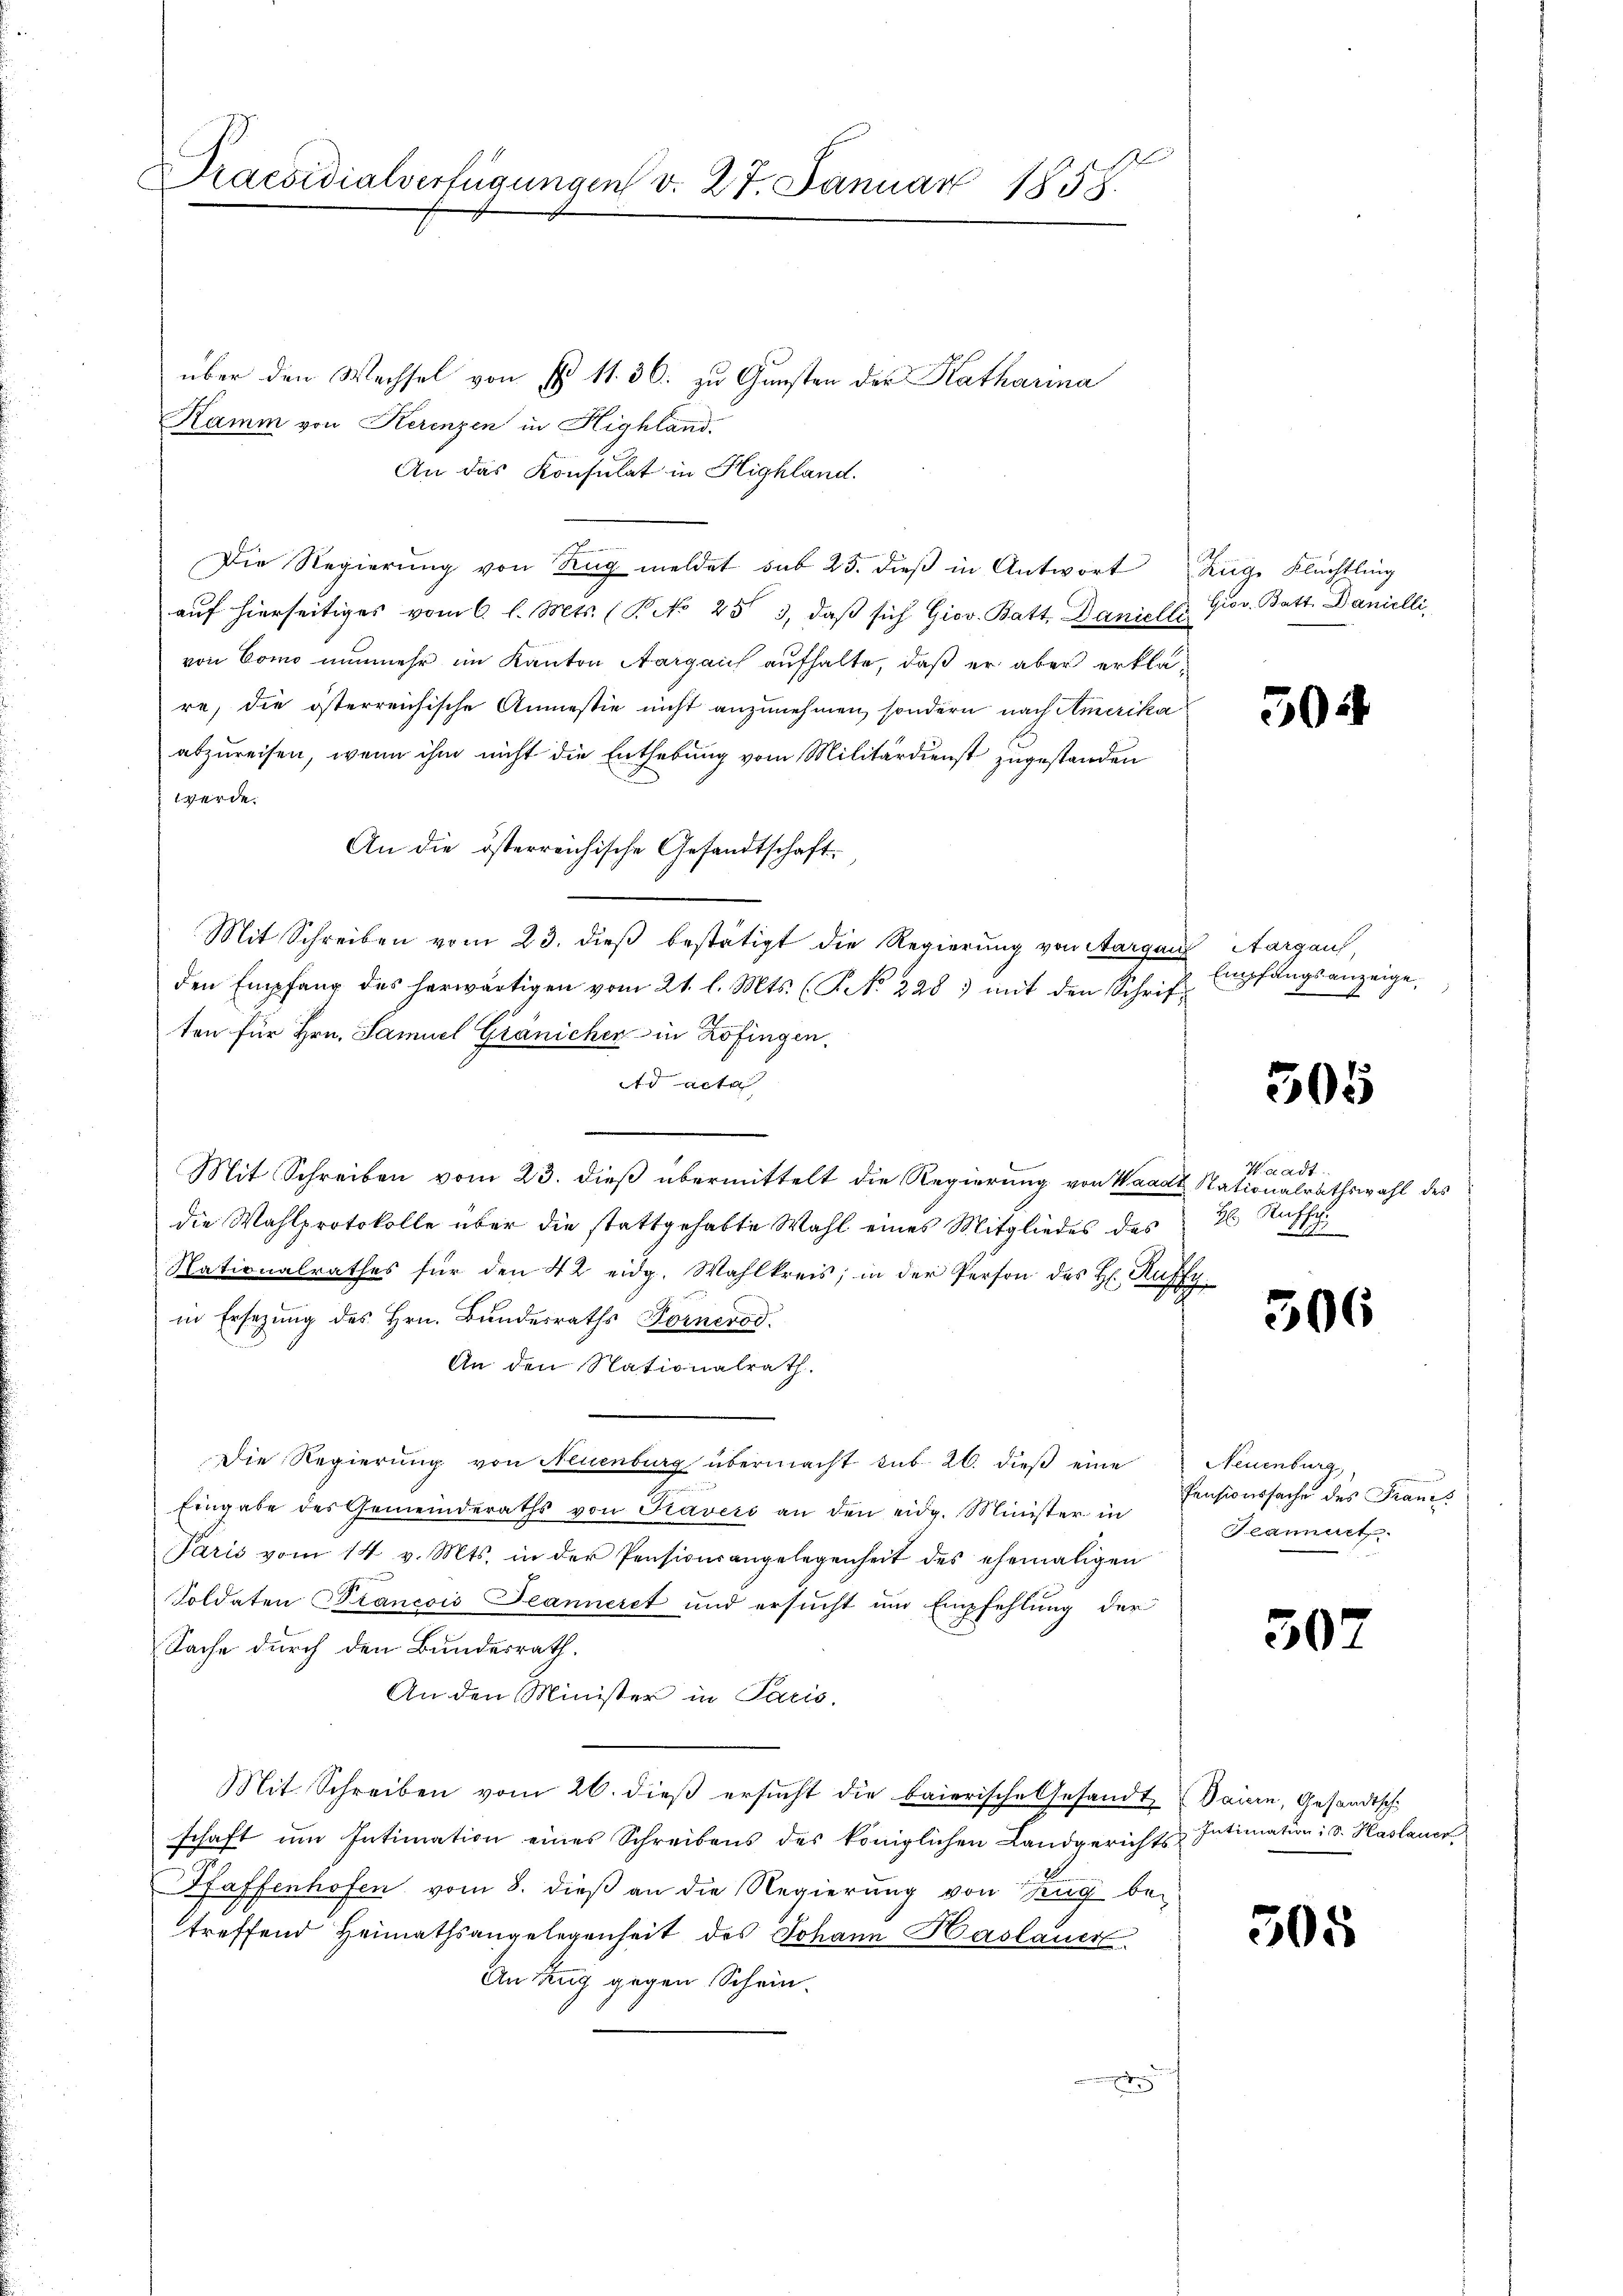
Praesidialverfügungen v. 27. Januar 1858.

über den Wechsel von § 11. 36. zu Gunsten der Katharina
Kamm von Kerenzen in Highland.
An das Konsulat in Highland.
Die Regierŭng von Zŭg meldet sub 25. dieβ in Antwort Zinge Flüchtling
auf hierseitiges vom 6. l. Mts. (P No 253, daß sich Giov. Batt. Danielli
von Como nunmehr im Kanton Aargauch aufhalte, daß er aber erkläre, die österreichische Anmesie nicht anzunehmen, sondern nach Amerika
abzureisen, wenn ihm nicht die Enthebung vom Militärdienst zugestanden
werde.
An die österreichische Gesandtschaft.
Mit Schreiben vom 23. dieß bestätigt die Regierung von Aargauf Aargau
den Empfang des herwärtigen vom 21. l. Mts. (T. No. 228) mit den Schriften für Hrn. Samuel Gränicher in Zofingen,
Ad acta
Mit Schreiben vom 23. dieß übermittelt die Regierung von Waadt Nationalrathswahl des
die Wahlprotokolle über die stattgehabte Wahl eines Mitgliedes des
Nationalrathes für den 42 eidg. Wahlkreis; in der Person des H. Kuffy
in Ersezung des Hrn. Bundesraths Fornerod.
An den Nationalrath.
Die Regierung von Neuenburg übermacht sub. 26. dieβ eine Neuenburg,
Eingabe des Gemeinderaths von Traveri an den eidg. Minister in
Paris vom 14 v. Mts. in der Pensionsangelegenheit des ehemaligen
Soldaten Francois Jeanneret und ersucht um Empfehlung der
Sache durch den Bundesrath.
An den Minister in Paris.
Mit Schreiben vom 26. dieß ersucht die baierische Gesandte Dauern, Gesandtsch
schaft ŭm Intimation eines Schreibens des königlichen Landgerichts Intimation: d. Haslauc
Pfaffenhofen vom 8. dieß an die Regierung von Zug betreffend Heimathsangelegenheit des Johann Haslauer.
An Zug gegen Scheine

Grov. Batt. Danielli

504

Empfangsanzeige.
.

305

Waadt.
H: Ruff
1

306

Pensionssache des Franzs
Jeannert.

507

305